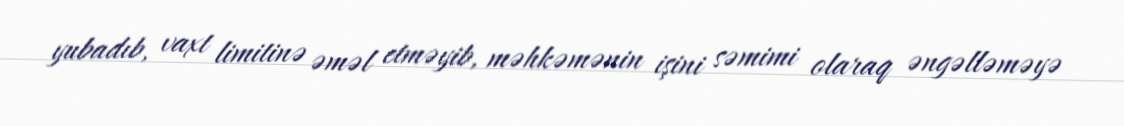
yubadıb, vaxt limitinə əməl etməyib, məhkəmənin işini səmimi olaraq əngəlləməyə